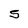
Character: S